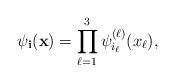
LaTeX: \begin{align*}\psi_\textbf{i}(\textbf{x})=\prod_{\ell=1}^3 \psi_{i_\ell}^{(\ell)}(x_\ell),\end{align*}